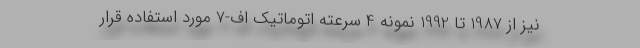
نیز از 1987 تا 1992 نمونه 4 سرعته اتوماتیک اف-7 مورد استفاده قرار